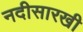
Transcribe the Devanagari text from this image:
नदीसारखी